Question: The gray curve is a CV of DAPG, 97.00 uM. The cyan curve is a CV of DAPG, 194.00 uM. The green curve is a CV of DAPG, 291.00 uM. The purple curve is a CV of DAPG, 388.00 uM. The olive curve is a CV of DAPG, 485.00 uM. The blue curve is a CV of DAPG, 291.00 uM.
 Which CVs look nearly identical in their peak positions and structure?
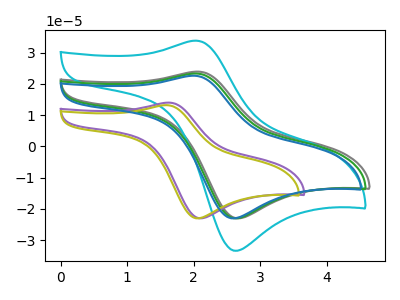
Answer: <think>The gray curve "DAPG, 97.00 uM" has an anodic peak at (2.05V, 23.95uA) and a cathodic peak at (2.70V, -23.00uA). The cyan curve "DAPG, 194.00 uM" has an anodic peak at (2.00V, 33.85uA) and a cathodic peak at (2.65V, -33.40uA). The green curve "DAPG, 291.00 uM" has an anodic peak at (2.00V, 23.35uA) and a cathodic peak at (2.65V, -23.00uA). The purple curve "DAPG, 388.00 uM" has an anodic peak at (1.60V, 14.00uA) and a cathodic peak at (2.10V, -23.00uA). The olive curve "DAPG, 485.00 uM" has an anodic peak at (1.60V, 13.20uA) and a cathodic peak at (2.10V, -23.00uA). The blue curve "DAPG, 291.00 uM" has an anodic peak at (2.00V, 22.65uA) and a cathodic peak at (2.60V, -23.00uA).
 All the peaks in "DAPG, 97.00 uM" have a peak in "DAPG, 194.00 uM" at the same potential. Every peak in "DAPG, 97.00 uM" is lower than every peak in "DAPG, 194.00 uM". All the peaks in "DAPG, 97.00 uM" have a peak in "DAPG, 291.00 uM" at the same potential. "DAPG, 97.00 uM" and "DAPG, 388.00 uM" have at least one peak that do not match. "DAPG, 97.00 uM" and "DAPG, 485.00 uM" have at least one peak that do not match. "DAPG, 97.00 uM" and "DAPG, 291.00 uM" have at least one peak that do not match. All the peaks in "DAPG, 194.00 uM" have a peak in "DAPG, 291.00 uM" at the same potential. Every peak in "DAPG, 194.00 uM" is higher than every peak in "DAPG, 291.00 uM". "DAPG, 194.00 uM" and "DAPG, 388.00 uM" have at least one peak that do not match. "DAPG, 194.00 uM" and "DAPG, 485.00 uM" have at least one peak that do not match. All the peaks in "DAPG, 194.00 uM" have a peak in "DAPG, 291.00 uM" at the same potential. Every peak in "DAPG, 194.00 uM" is higher than every peak in "DAPG, 291.00 uM". "DAPG, 291.00 uM" and "DAPG, 388.00 uM" have at least one peak that do not match. "DAPG, 291.00 uM" and "DAPG, 485.00 uM" have at least one peak that do not match. All the peaks in "DAPG, 291.00 uM" have a peak in "DAPG, 291.00 uM" at the same potential. All the peaks in "DAPG, 388.00 uM" have a peak in "DAPG, 485.00 uM" at the same potential. "DAPG, 388.00 uM" and "DAPG, 291.00 uM" have at least one peak that do not match. "DAPG, 485.00 uM" and "DAPG, 291.00 uM" have at least one peak that do not match.</think>
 <answer>"DAPG, 291.00 uM", "DAPG, 97.00 uM", "DAPG, 194.00 uM" and "DAPG, 291.00 uM" have the same shape and are likely CV's of the same chemical.</answer>
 <eval>"DAPG, 291.00 uM" "DAPG, 97.00 uM" "DAPG, 194.00 uM" "DAPG, 291.00 uM"</eval>